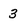
Character: 3